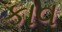
કાવ